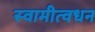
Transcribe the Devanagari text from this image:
स्वामीत्वधन